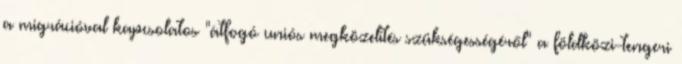
a migrációval kapcsolatos "átfogó uniós megközelítés szükségességéről" a földközi-tengeri